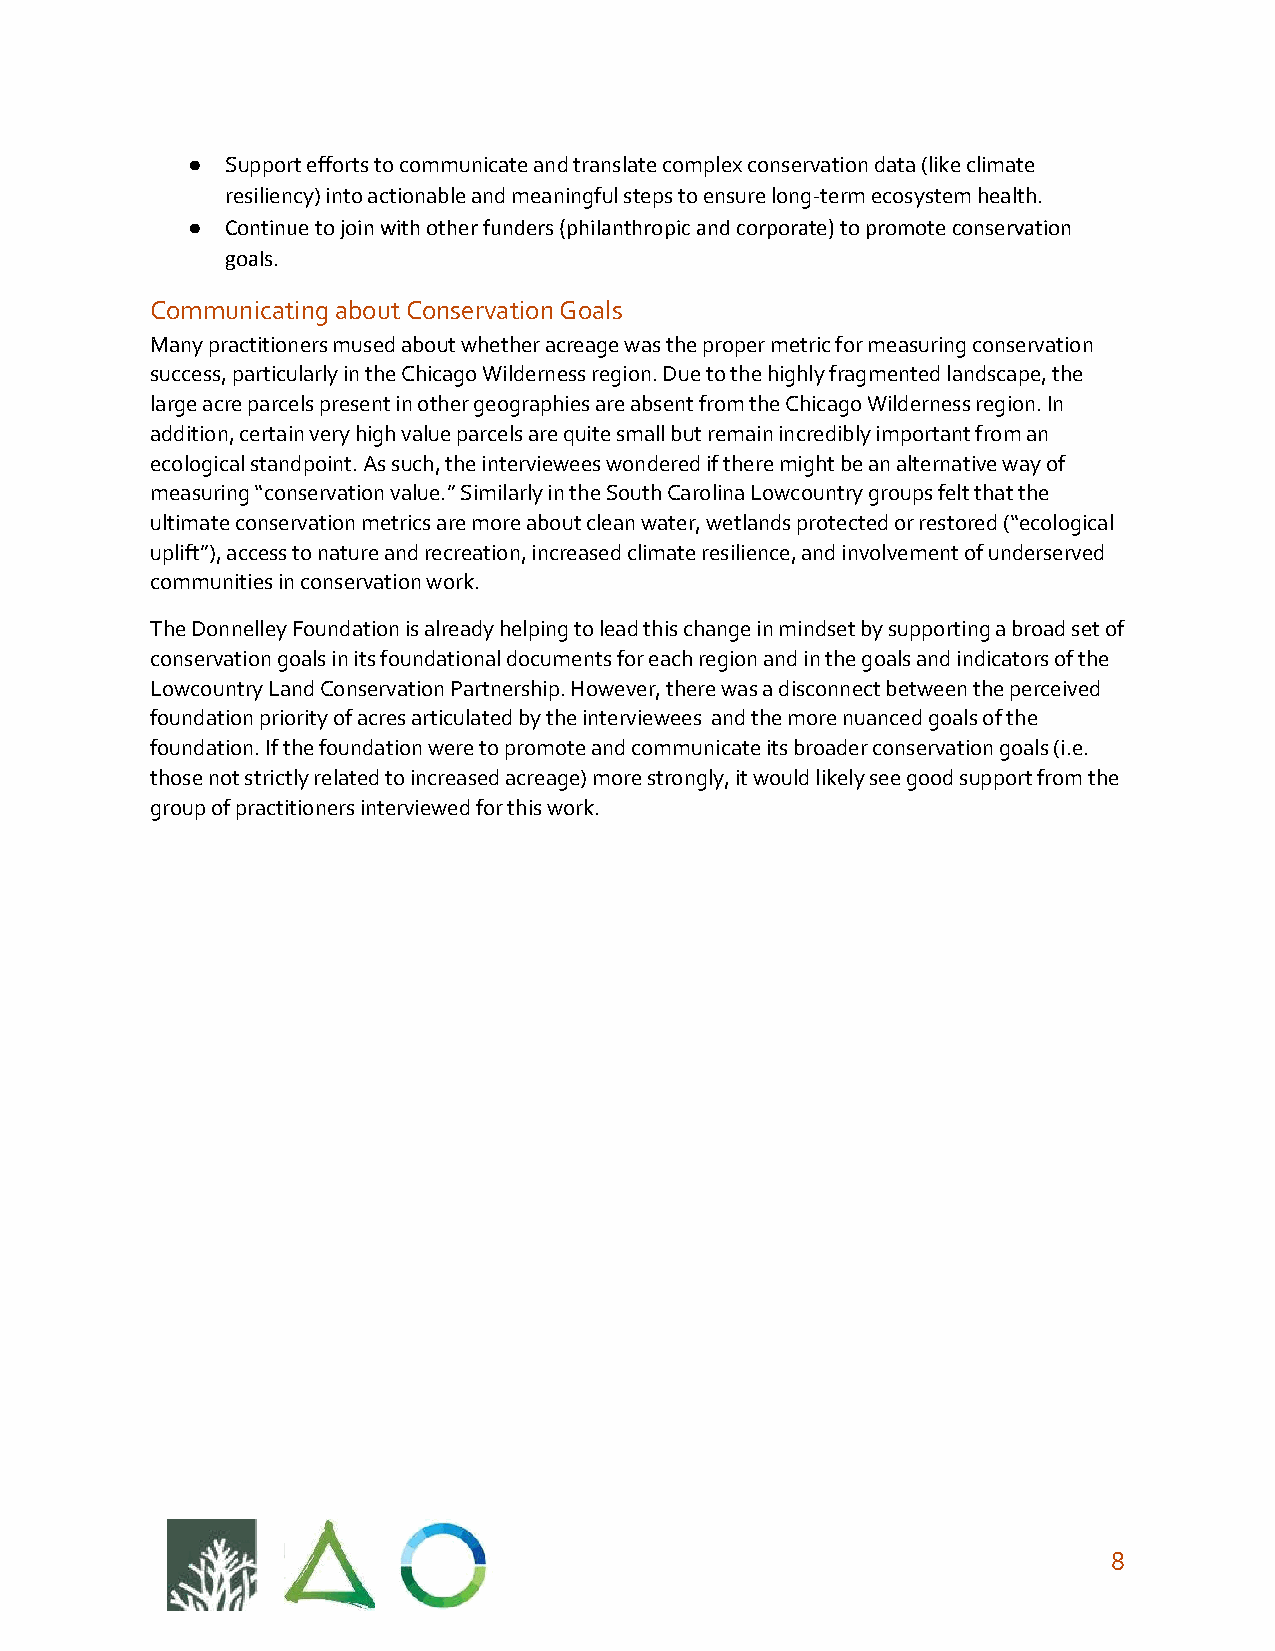
●  Support efforts to communicate and translate complex conservation data (like climate
 resiliency) into actionable and meaningful steps to ensure long-term ecosystem health.
 ●  Continue to join with other funders (philanthropic and corporate) to promote conservation
 goals.
 Communicating about Conservation Goals
 Many practitioners mused about whether acreage was the proper metric for measuring conservation
 success, particularly in the Chicago Wilderness region. Due to the highly fragmented landscape, the
 large acre parcels present in other geographies are absent from the Chicago Wilderness region. In
 addition, certain very high value parcels are quite small but remain incredibly important from an
 ecological standpoint. As such, the interviewees wondered if there might be an alternative way of
 measuring “conservation value.” Similarly in the South Carolina Lowcountry groups felt that the
 ultimate conservation metrics are more about clean water, wetlands protected or restored (“ecological
 uplift”), access to nature and recreation, increased climate resilience, and involvement of underserved
 communities in conservation work.
 The Donnelley Foundation is already helping to lead this change in mindset by supporting a broad set of
 conservation goals in its foundational documents for each region and in the goals and indicators of the
 Lowcountry Land Conservation Partnership. However, there was a disconnect between the perceived
 foundation priority of acres articulated by the interviewees and the more nuanced goals of the
 foundation. If the foundation were to promote and communicate its broader conservation goals (i.e.
 those not strictly related to increased acreage) more strongly, it would likely see good support from the
 group of practitioners interviewed for this work.
 8